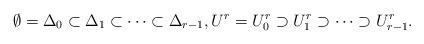
LaTeX: \begin{align*}\emptyset=\Delta_0\subset\Delta_1\subset\cdots\subset\Delta_{r-1},U^r=U^r_0\supset U^r_1\supset\cdots\supset U^r_{r-1}.\end{align*}